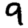
Digit: 9